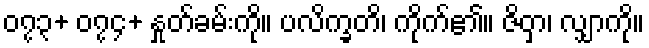
၀၇၃+ ၀၇၄+ နှုတ်ခမ်းကို။ ပလိက္ခတိ၊ ကိုက်၏။ ဇိဝှာ၊ လျှာကို။